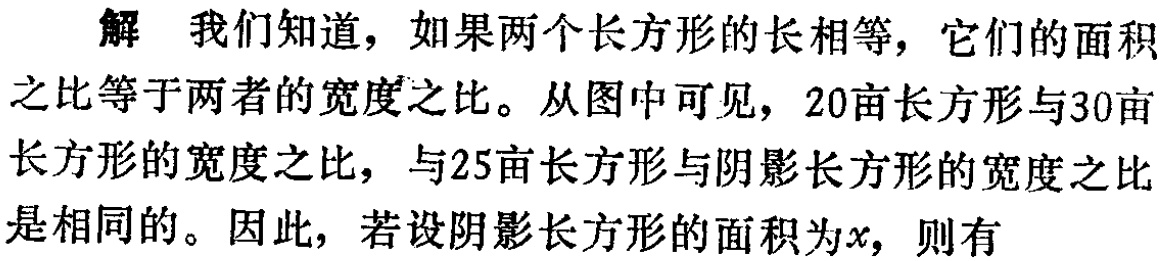
解 我们知道，如果两个长方形的长相等，它们的面积之比等于两者的宽度之比。从图中可见，20亩长方形与30亩长方形的宽度之比，与25亩长方形与阴影长方形的宽度之比是相同的。因此，若设阴影长方形的面积为\(x\)，则有